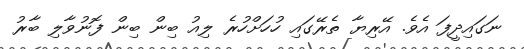
ނަގައިދީފަ އެވެ. އޭރިޔާ ތެރޭގައި ހުހަށްހުރެ ލިއު ބިން ބިން ފޮނުވާލި ބާރު